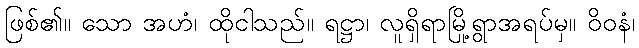
ဖြစ်၏။ သော အဟံ၊ ထိုငါသည်။ ရဋ္ဌာ၊ လူရှိရာမြို့ရွာအရပ်မှ။ ဝိဝနံ၊